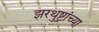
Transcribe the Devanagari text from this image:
झरथुष्ट्रांच्या